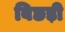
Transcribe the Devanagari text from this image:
बिछड़ी